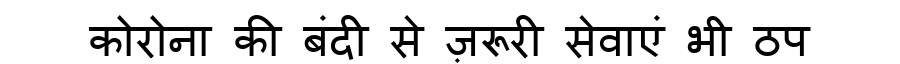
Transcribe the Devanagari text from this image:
कोरोना की बंदी से ज़रूरी सेवाएं भी ठप